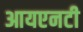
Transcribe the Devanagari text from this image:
आयएनटी